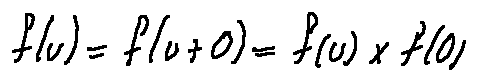
f ( u ) = f ( u + 0 ) = f ( u ) \times f ( 0 )